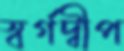
স্বর্গদ্বীপ